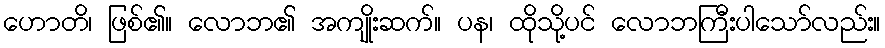
ဟောတိ၊ ဖြစ်၏။ လောဘ၏ အကျိုးဆက်။ ပန၊ ထိုသို့ပင် လောဘကြီးပါသော်လည်း။